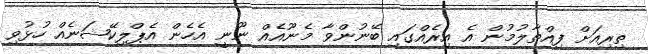
ތިރިއަށް ފިއްތާލުމުން އެ އިރެއްގައި ބޭނުންވާ މެނޫއެއް ނޫނީ އެހެން އެޕްލިކޭޝަނެއް ހުޅުވި